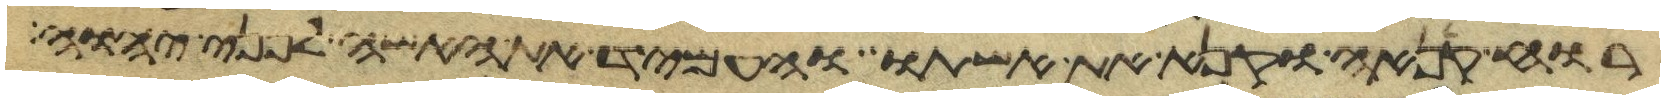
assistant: רוח קנאה וקנא את אשתו והעמיד את האשה לפני יהוה